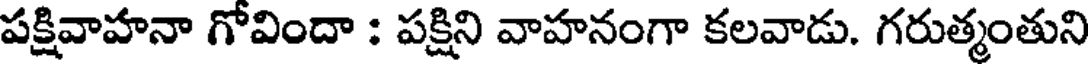
పక్షివాహనా గోవిందా : పక్షిని వాహనంగా కలవాడు. గరుత్మంతుని